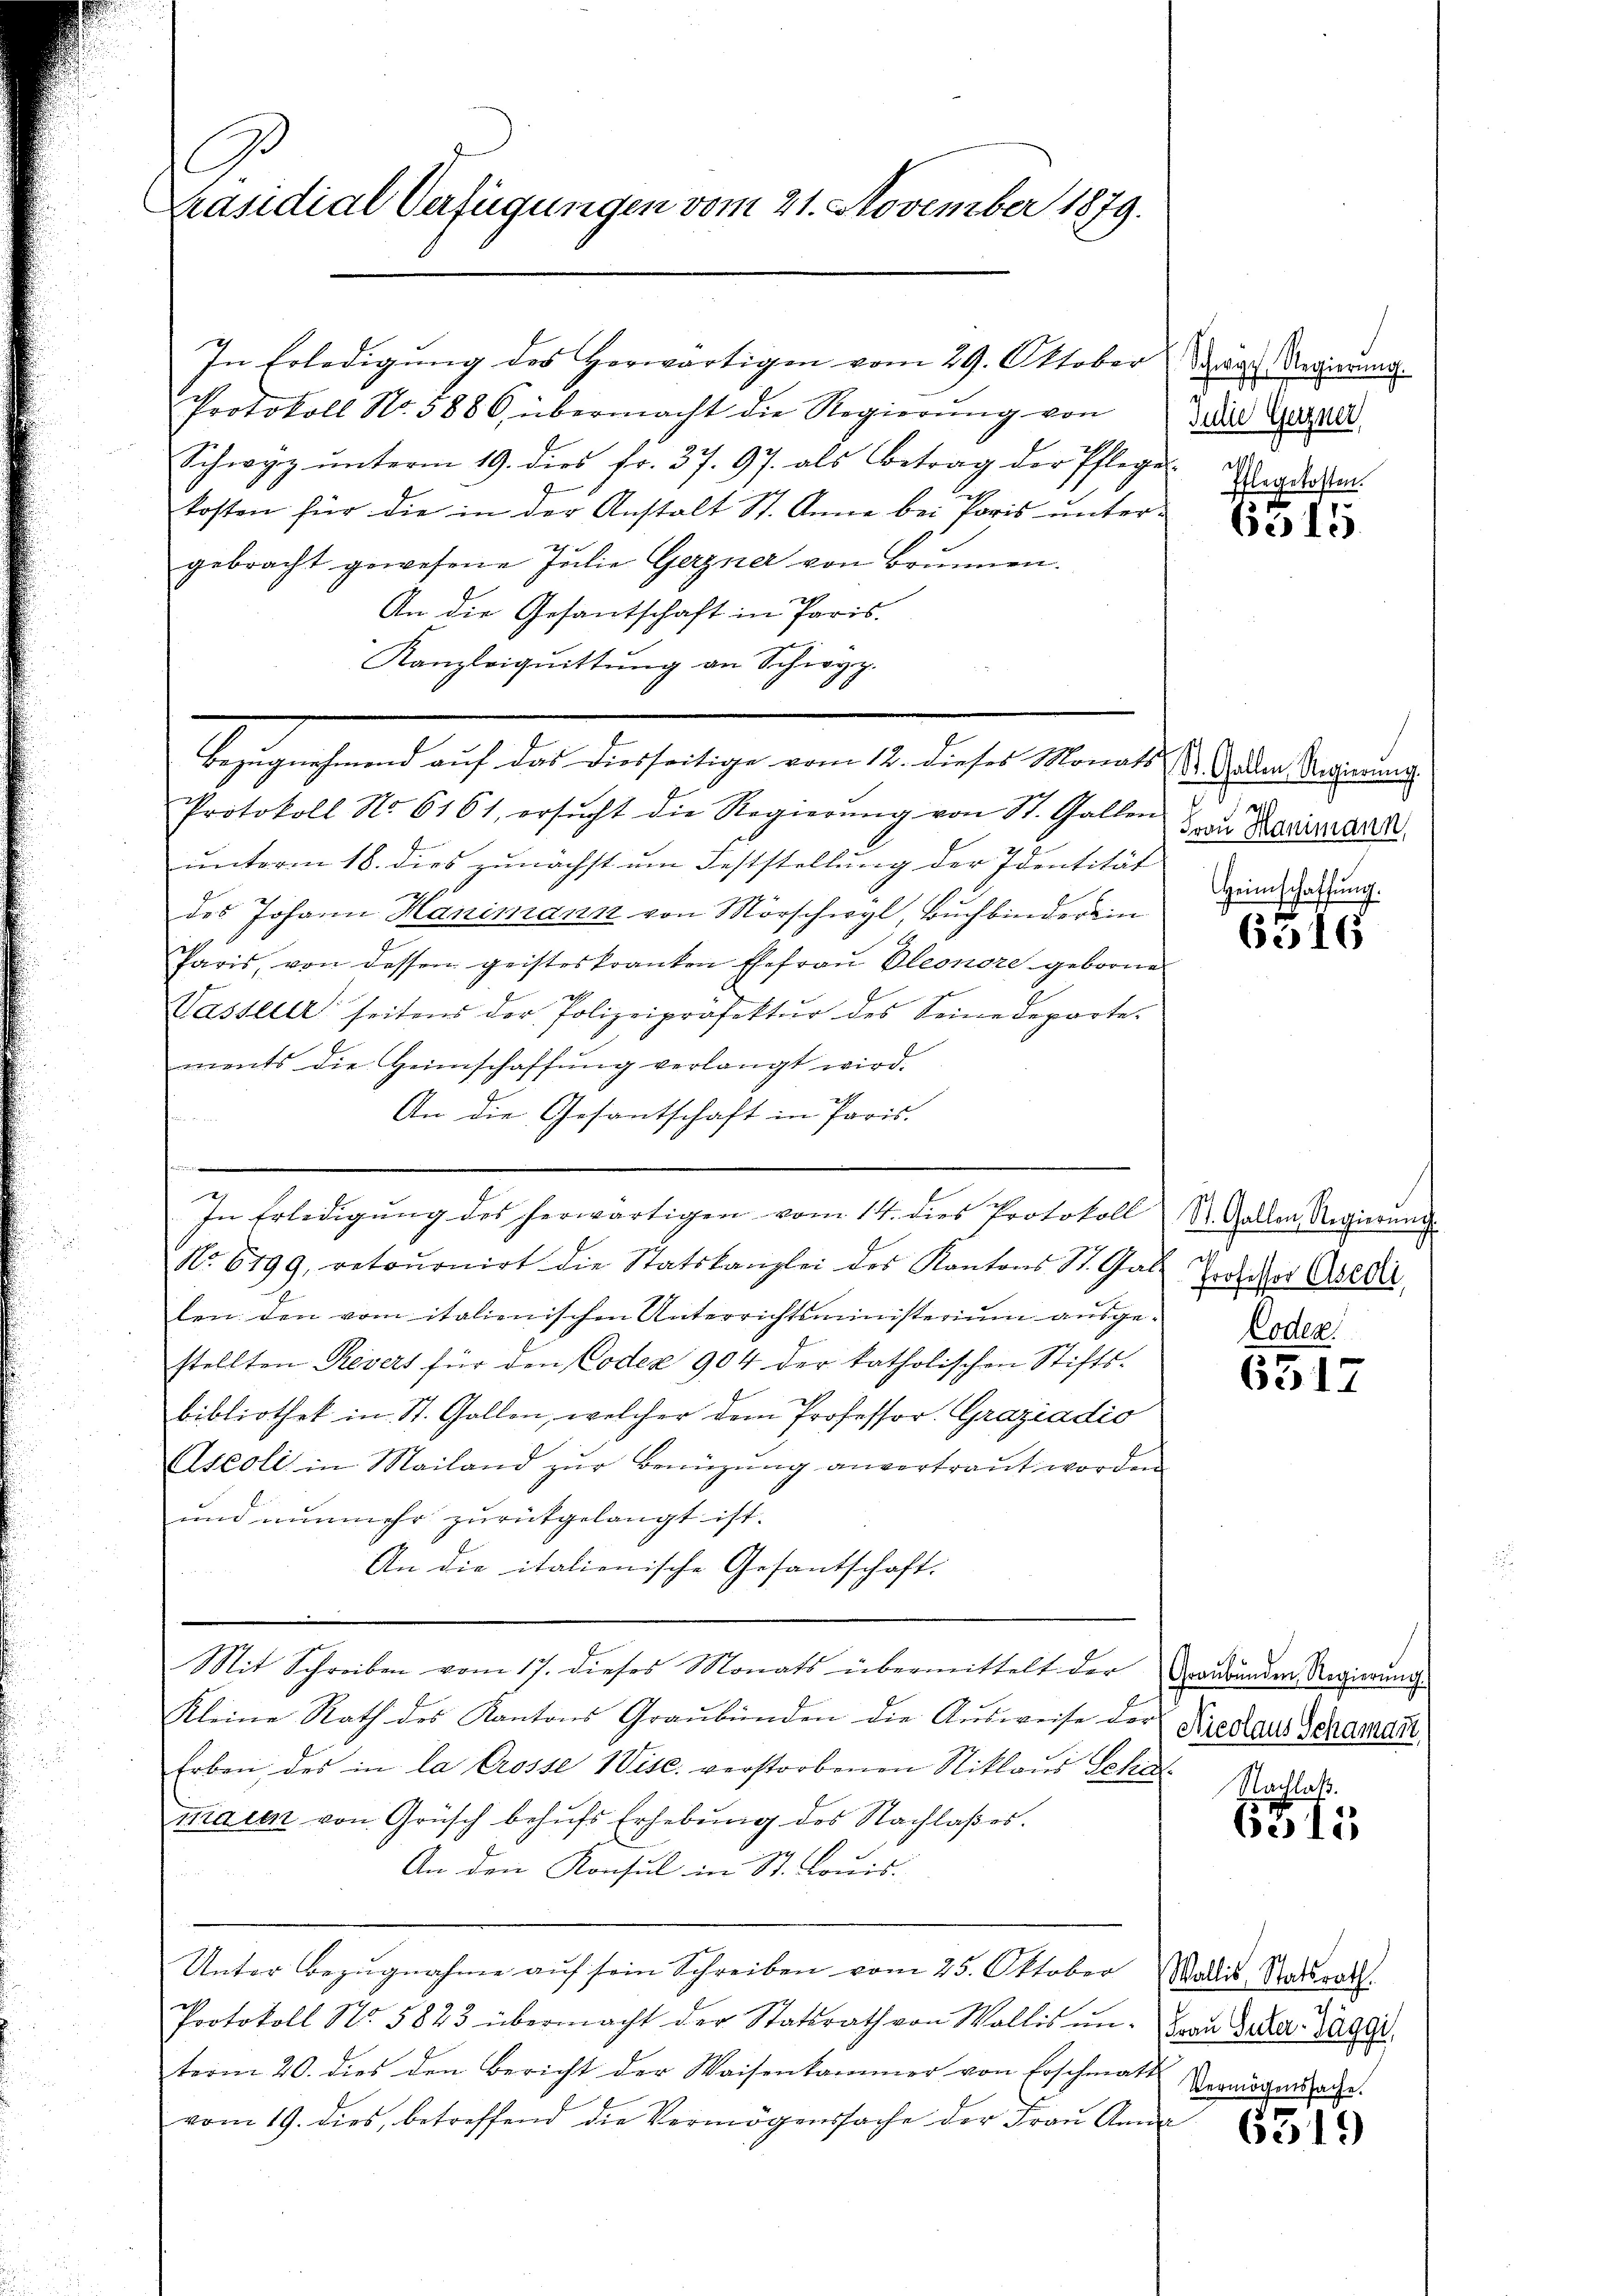
C
Präsidial-Verfügungen vom 21. November 1879.

In Erledigŭng des Herwärtigen vom 29. Oktober
Protokoll No. 3886, übermacht die Regierŭng von
Schwyz ŭnterm 19. dies fr. 37. 97. als Betrag der Pflege
kosten für die in der Anstalt St. Anna bei Paris unter-
gebracht gewesene Julie Gerzner von Brunnen.
An die Gesantschaft in Paris.
Kanzleiquittung an Schwyz.

Bezugnehmend auf das diesseitige vom 12. dieses Monats St. Gaden Regierung
Protokoll No 6161, ersŭcht die Regierŭng von St. Gallen & zu Besizedel
unterm 18. dies zunächst um Feststellung der Identität in der
des Johann Hanimann von Mörschwyl, Buchbinderein
Paris, von dessen geisteskranken Ehefrau Pleonore geborne
Vasserer seitens der Polizeipräfektŭr des Seinedeparte-
ments die Heimschaffŭng verlangt wird.
An die Gesantschaft in Paris.

t
In Erledigŭng des herwärtigen vom 14. dies Protokoll St. Gallen Regierung
No. 6799, retoŭrnirt die Statskanzlei des Kantons St. Gal-
len den vom italienischen Unterrichtsministeriŭm aŭsge-Laden.
stellten Revers für den Codex 904 der katholischen Stifts-
bibliothek in St. Gallen, welcher dem Professor. Graziadio
Aseoli in Mailand zur Benüzung anvertraut worden
und nunmehr zŭrückgelangt ist.
An die italienische Gesantschaft.
Mit Schreiben vom 17. dieses Monats übermittelt der Erbunden Regierung
Kleine Rath des Kantons Graubünden die Aŭsweise der
Erben, des in la Crosse 1 Visc. verstorbenen Niklaus Schul
manen von Grüsch behufs Erhebung des Nachlaßes.
An den Konsul in St. Louis-
Unter Bezugnahme auf sein Schreiben vom 25. Oktober Wallis, Ratsrath.
Protokoll No 5823 übermacht der Statsrath von Wallis un- von Acker. Galle
term 20. dies den Bericht der Waisenkammer von Erschmatt
vom 19. dies, betreffend die Vermögenssache der Frau Anna

Schwyz, Regierŭng.
Julie Gerzner,
Eflegekosten.

6315

6316

Professor Aseoli,

6317

Nicolaus Schamant,

Nachlaß.
631

Vermögenssache.

6319